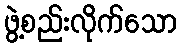
ဖွဲ့စည်းလိုက်သော